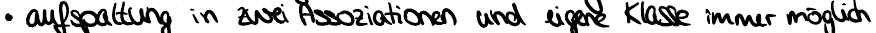
- aufspaltung in zwei Assoziationen und eigene Klasse immer möglich